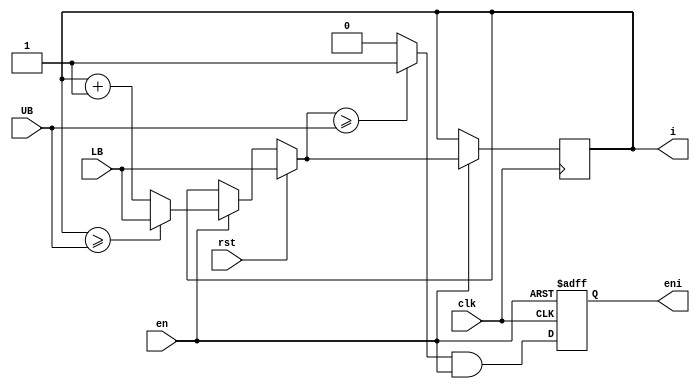
module loop_1 (clk,rst,UB,LB,en,eni,i);
input clk,rst,en;
input [3:0] UB,LB;
output reg [3:0] i;
output reg eni;
wire cmpUB;
reg [3:0] i_temp;

always@(posedge clk or negedge en)
 if(en == 1'b0)
  begin
  i<=i;
  eni=1'b0;
  end
 else
  begin
  i <= i_temp;
  eni <= cmpUB;
  end
  
always@(rst or en or LB or UB or i)
 begin
  if(rst)
   i_temp <= LB;
  else
   if(en)
    if( i >= UB)
     i_temp <=LB;
    else
     i_temp <= i + 4'b1;
   else
    i_temp <= i;
 end
 
assign cmpUB = ((i_temp >= UB)? 1'b1: 1'b0)&en;

endmodule